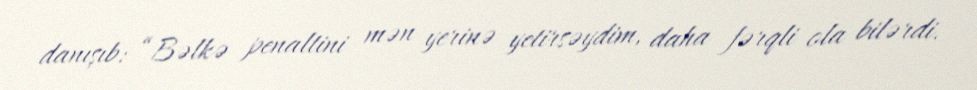
danışıb: “Bəlkə penaltini mən yerinə yetirsəydim, daha fərqli ola bilərdi.